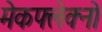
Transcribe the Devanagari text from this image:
मेकफ्लेक्नो